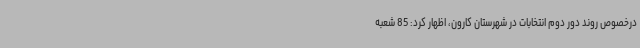
درخصوص روند دور دوم انتخابات در شهرستان کارون، اظهار کرد: 85 شعبه